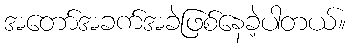
အတော်အခက်အခဲဖြစ်နေခဲ့ပါတယ်။